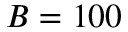
B = 1 0 0